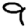
Digit: 9